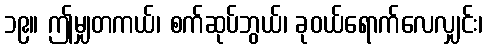
၁၉။ ဤမျှတကယ်၊ စက်ဆုပ်ဘွယ်၊ ခုဝယ်ရောက်လေလျှင်း၊